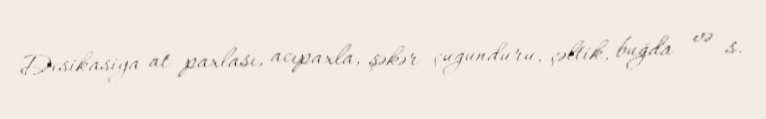
Desikasiya at paxlası, acıpaxla, şəkər çuğunduru, çəltik, buğda və s.